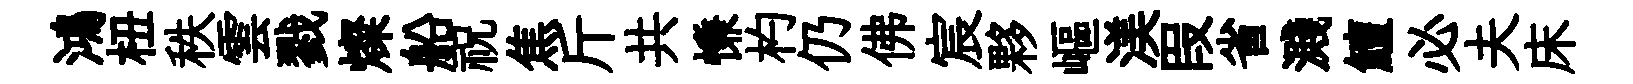
鴻杻秩雲戮燦船祝焦斤共慊杓仍佛宸夥嶇渼叚省濺鱣必夫床